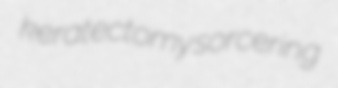
keratectomy sorcering